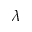
\lambda